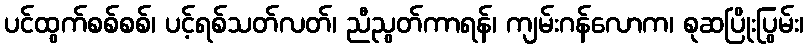
ပင်ထွက်စစ်စစ်၊ ပင့်ရစ်သတ်လတ်၊ ညီညွတ်ကာရန်၊ ကျမ်းဂန်လောက၊ စုဆပြိုးပြွမ်း၊